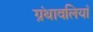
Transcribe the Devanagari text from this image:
ग्रंथावलियाँ